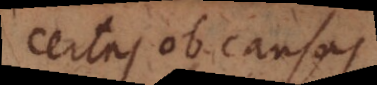
certas ob causas